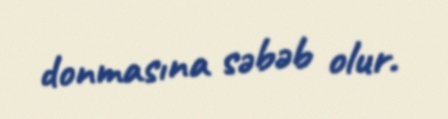
donmasına səbəb olur.